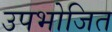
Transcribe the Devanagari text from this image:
उपभोजित